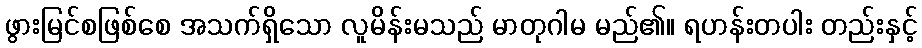
ဖွားမြင်စဖြစ်စေ အသက်ရှိသော လူမိန်းမသည် မာတုဂါမ မည်၏။ ရဟန်းတပါး တည်းနှင့်